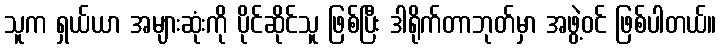
သူက ရှယ်ယာ အများဆုံးကို ပိုင်ဆိုင်သူ ဖြစ်ပြီး ဒါရိုက်တာဘုတ်မှာ အဖွဲ့ဝင် ဖြစ်ပါတယ်။